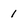
Character: 1